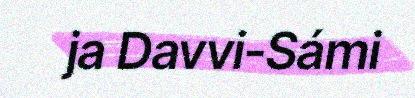
ja Davvi-Sámi